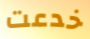
خدعت